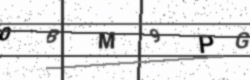
Text: 0BM9PG